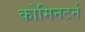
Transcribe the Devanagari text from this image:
कोमिनटर्न